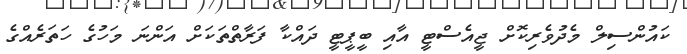
ކައުންސިލް މެދުވެރިކޮށް ޖީއެސްޓީ އާއި ބީޕީޓީ ދައްކާ ފަރާތްތަކަށް އަންނަ މަހުގެ ހަތަރެއްގެ